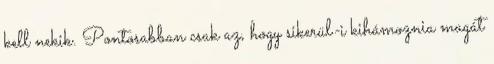
kell nekik. Pontosabban csak az, hogy sikerül-i kihámoznia magát